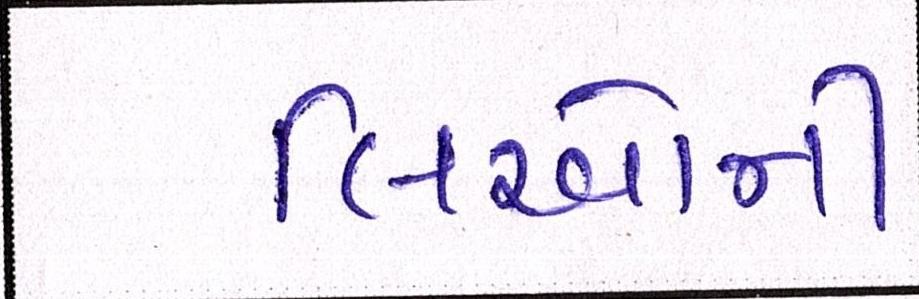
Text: લિઓની